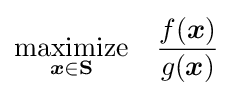
{\underset {{\boldsymbol {x}}\in \mathbf {S} }{\text{maximize}}}\quad {\frac {f({\boldsymbol {x}})}{g({\boldsymbol {x}})}}